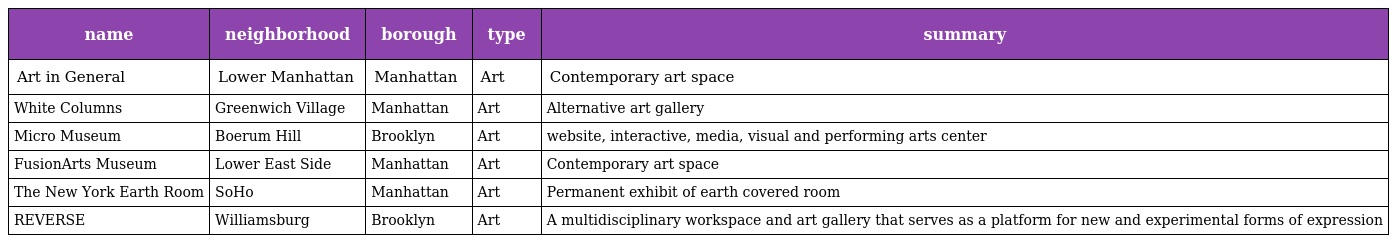
| name | neighborhood | borough | type | summary |
 | --- | --- | --- | --- | --- |
 | Art in General | Lower Manhattan | Manhattan | Art | Contemporary art space |
 | White Columns | Greenwich Village | Manhattan | Art | Alternative art gallery |
 | Micro Museum | Boerum Hill | Brooklyn | Art | website, interactive, media, visual and performing arts center |
 | FusionArts Museum | Lower East Side | Manhattan | Art | Contemporary art space |
 | The New York Earth Room | SoHo | Manhattan | Art | Permanent exhibit of earth covered room |
 | REVERSE | Williamsburg | Brooklyn | Art | A multidisciplinary workspace and art gallery that serves as a platform for new and experimental forms of expression |